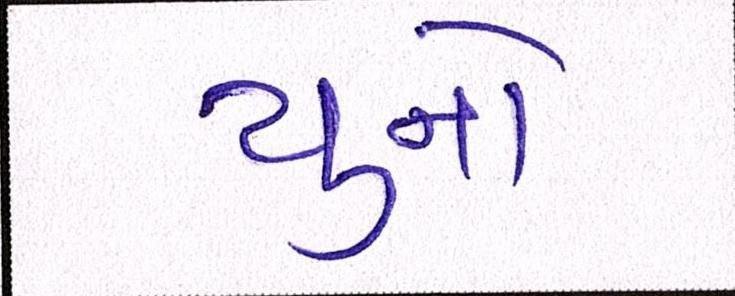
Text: યુનો